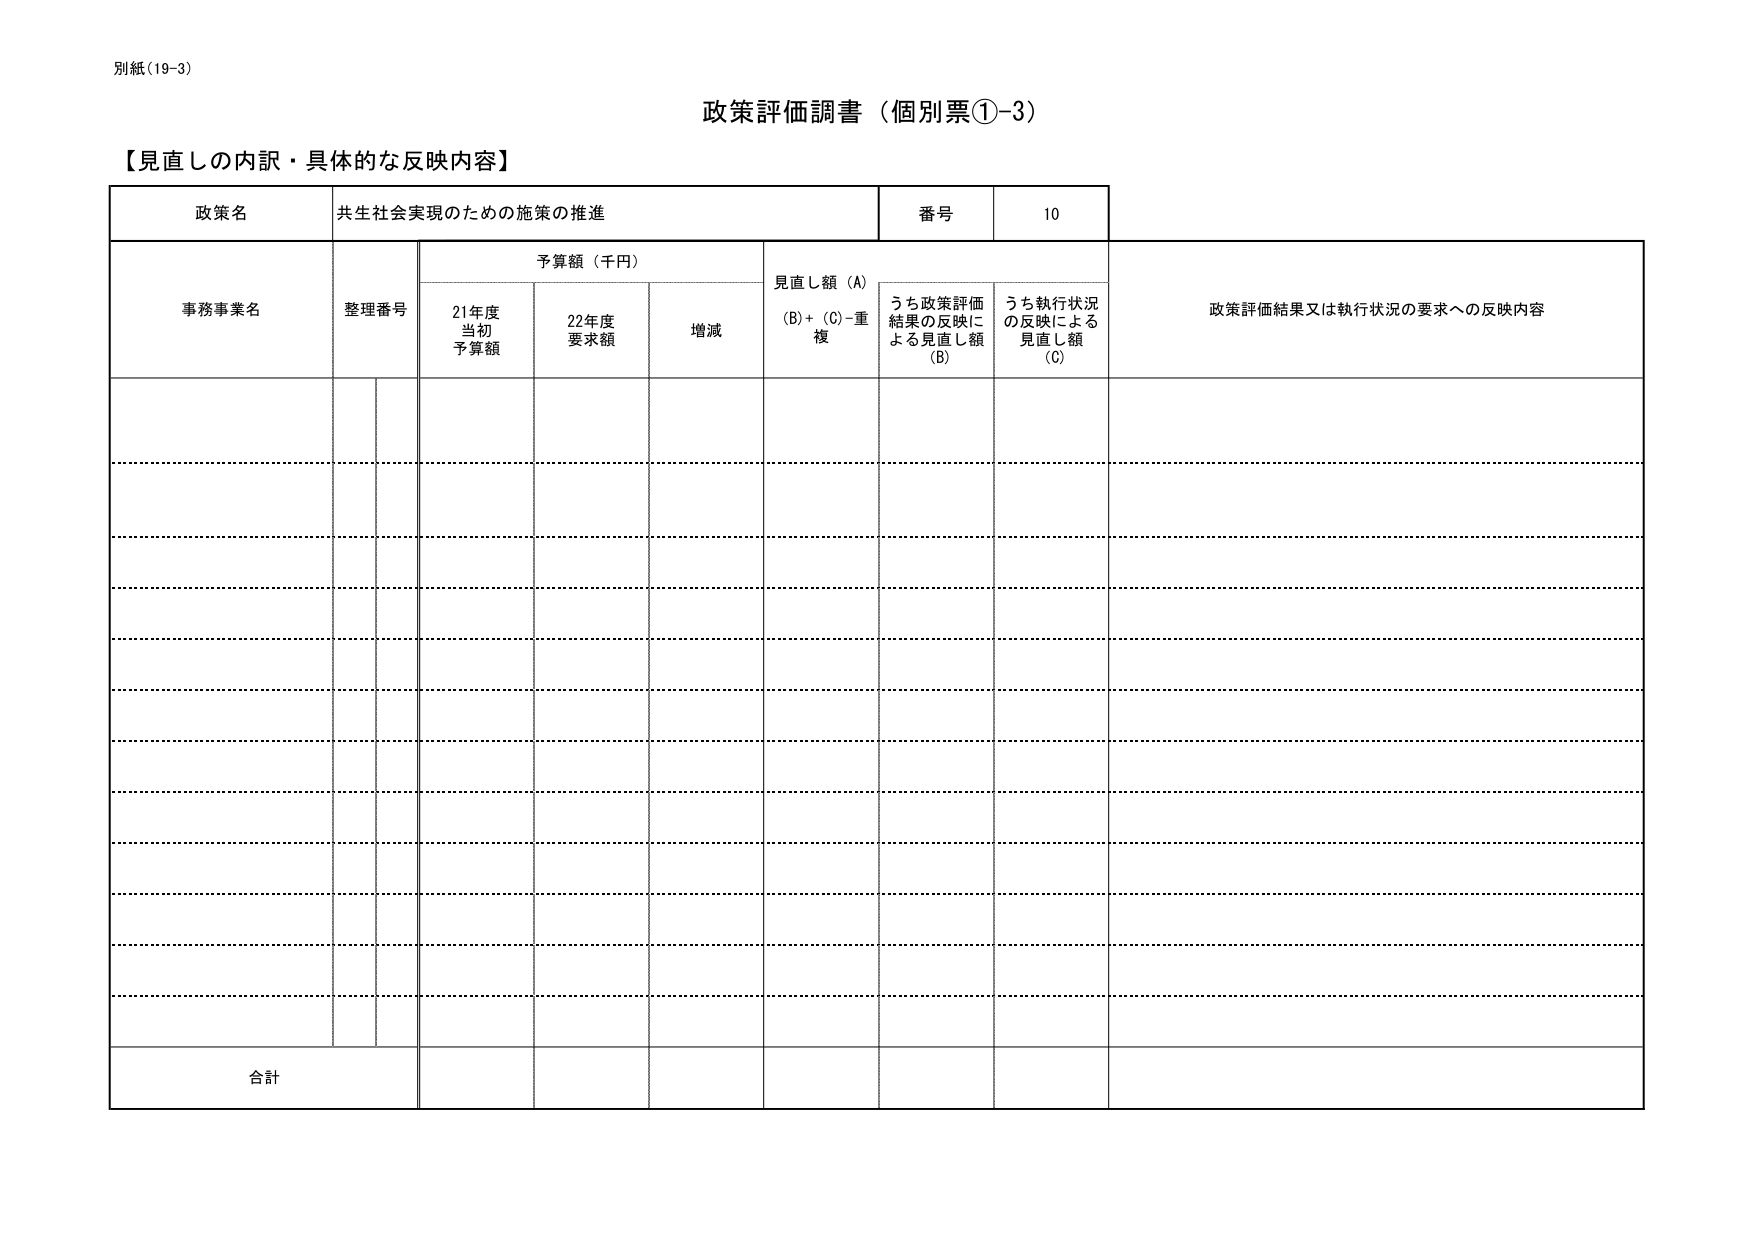
別紙（19-3）

政策評価調書（個別票①-3）

【見直しの内訳・具体的な反映内容】

政策名　共生社会実現のための施策の推進　番号　10

事務事業名　整理番号　予算額（千円）　見直し額（A）　政策評価結果又は執行状況の要求への反映内容
　　　　　　　　　　　21年度　22年度　増減　（B）+（C）-重複　うち政策評価結果の反映による見直し額（B）　うち執行状況の反映による見直し額（C）
　　　　　　　　　　　当初予算額　要求額

合計